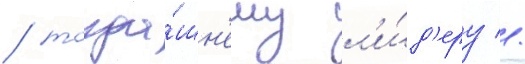
/ тогда́шн'ему л'и́д'еру //